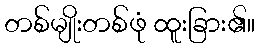
တစ်မျိုးတစ်ဖုံ ထူးခြား၏။